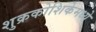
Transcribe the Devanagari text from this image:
शुक्रकोशिकेमध्ये